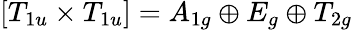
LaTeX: [T_{1u}\times T_{1u}]=A_{1g}\oplus E_{g}\oplus T_{2g}